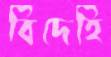
বিদেহি